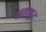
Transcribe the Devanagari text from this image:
श्रावणशुद्ध